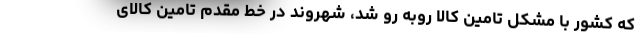
که کشور با مشکل تامین کالا روبه رو شد، شهروند در خط مقدم تامین کالای